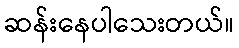
ဆန်းနေပါသေးတယ်။